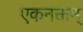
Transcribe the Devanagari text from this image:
एकनक्तम्